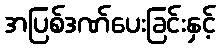
အပြစ်ဒဏ်ပေးခြင်းနှင့်